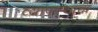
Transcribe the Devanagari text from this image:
व्यापार्‍याचा